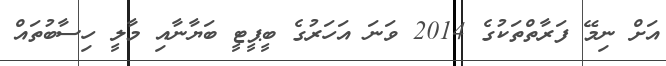
އަށް ނިމޭ ފަރާތްތަކުގެ 2014 ވަނަ އަހަރުގެ ބީޕީޓީ ބަޔާނާއި މާލީ ހިސާބުތައް